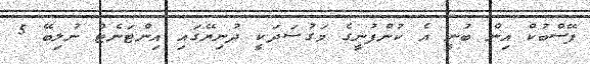
ފޭސްބުކް އިން ބުނީ އެ ކުންފުނީގެ މަގުސަދަކީ ދުނިޔޭގައި އިންޓަނެޓް ނުލިބޭ 5